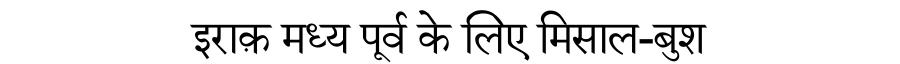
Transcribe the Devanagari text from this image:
इराक़ मध्य पूर्व के लिए मिसाल-बुश